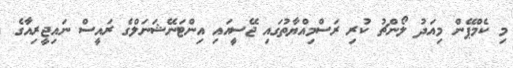
މި ކެމްޕޭން މިއަދު ލޯންޗު ކުރި ރަސްމިއްޔާތުގައި ޖޭސީއައި އިންޓަނޭޝަނަލްގެ ރައީސް ނައިޖީރިއާގެ